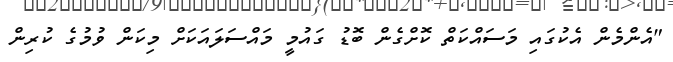
"އެންމެން އެކުގައި މަސައްކަތް ކޮށްގެން ބޮޑު ގައުމީ މައްސަލައަކަށް މިކަން ވުމުގެ ކުރިން